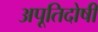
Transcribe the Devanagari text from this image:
अपूतिदोषी